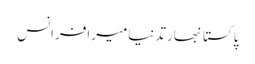
پاکستانبھارتدنیامیرافرانس